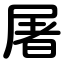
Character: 屠